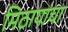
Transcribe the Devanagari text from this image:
मिठायांचा